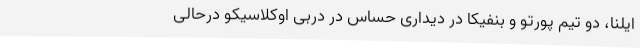
ایلنا، دو تیم پورتو و بنفیکا در دیداری حساس در دربی اوکلاسیکو درحالی